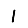
Digit: 1